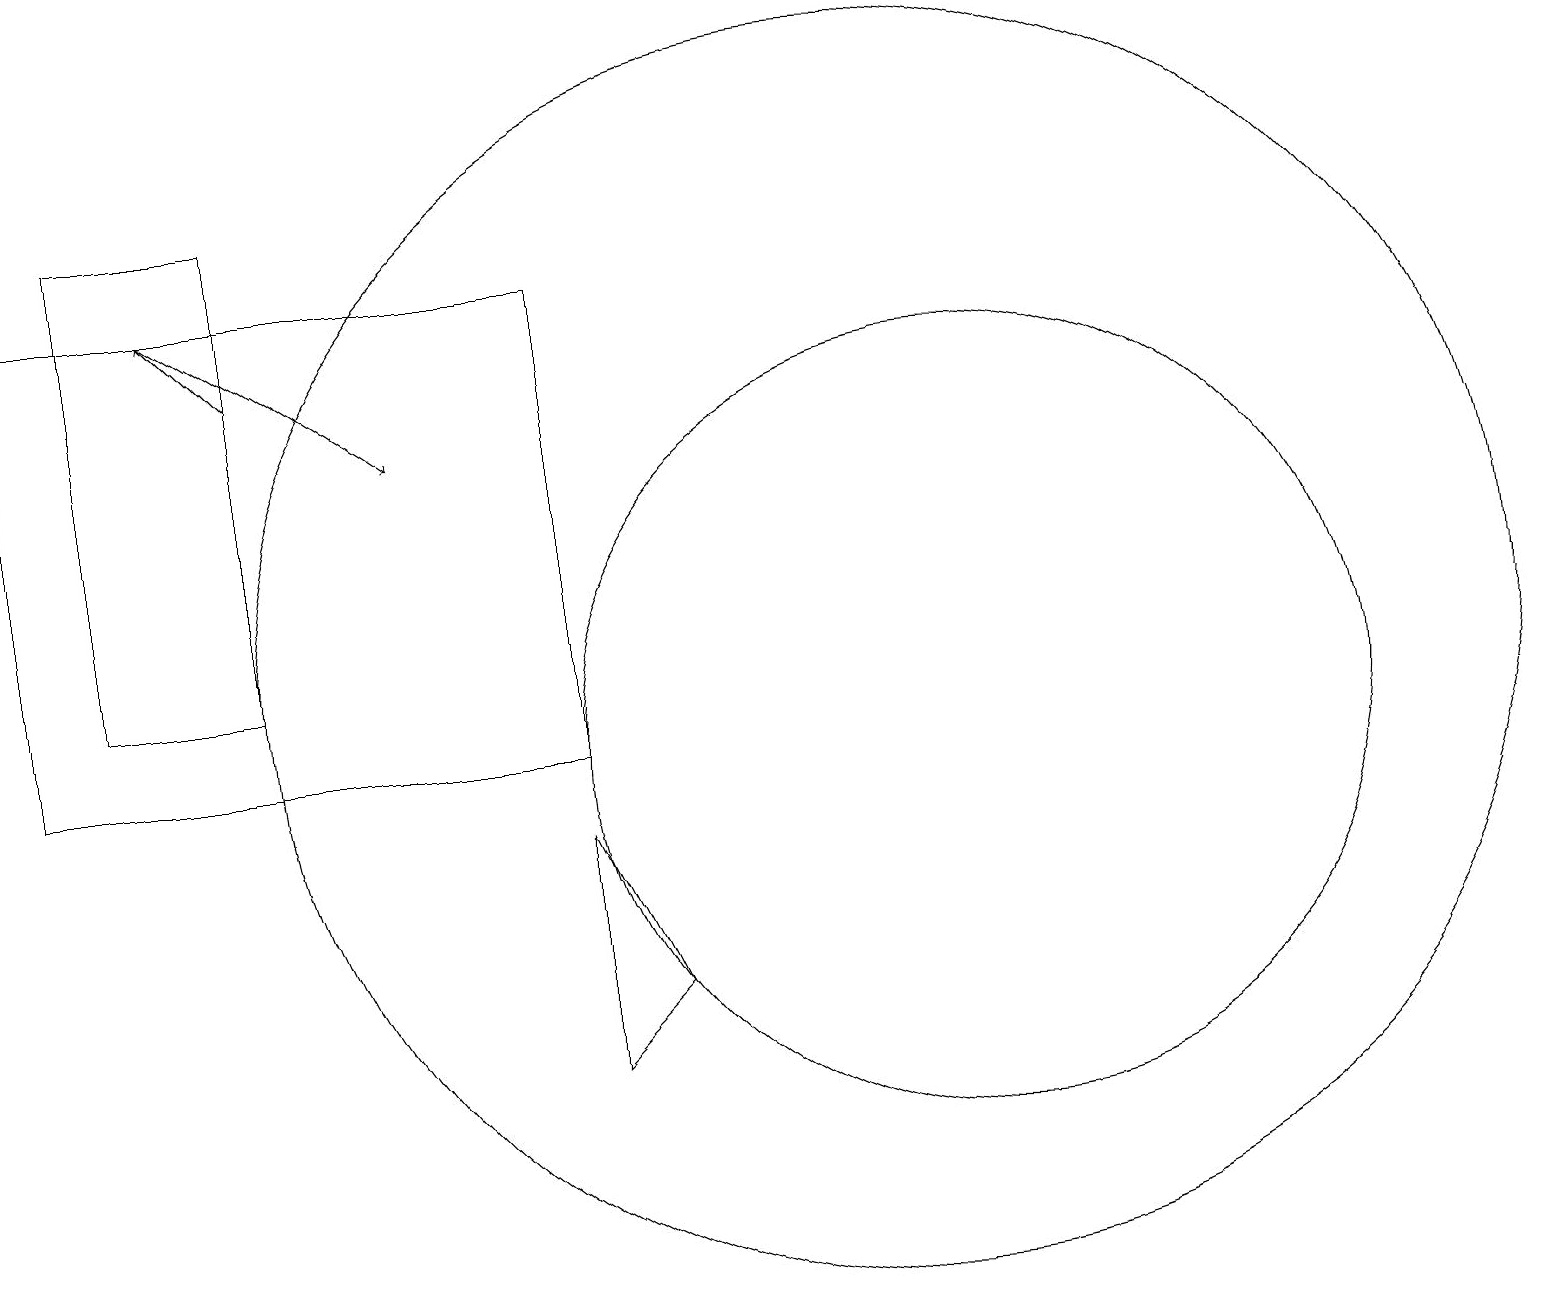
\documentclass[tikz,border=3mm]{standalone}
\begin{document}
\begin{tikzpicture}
\draw[->] (2,16) -- (5,14);
\draw (11,11) circle (8);
\draw (0,10) rectangle (7,16);
\draw (12,10) circle (5);
\draw (7,9) -- (8,7) -- (7,6) -- cycle;
\draw (1,11) rectangle (3,17);
\draw[->] (3,15) -- (2,16);
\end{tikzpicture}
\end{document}